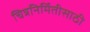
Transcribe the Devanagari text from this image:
चित्रनिर्मितीसाठी